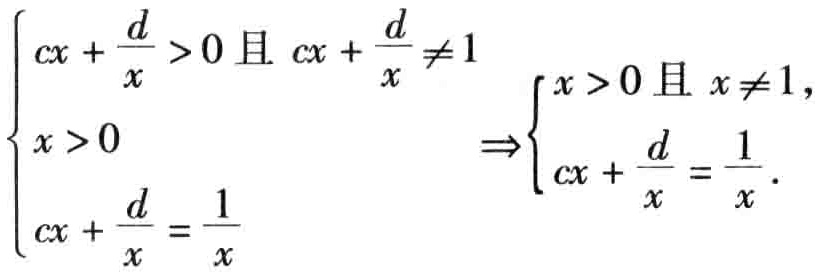
$\left\{\begin{array}{l}
cx+\frac{d}{x}>0 \text { 且 } cx+\frac{d}{x} \neq 1 \\
x>0 \\
cx+\frac{d}{x}=\frac{1}{x}
\end{array} \Rightarrow \left\{\begin{array}{l}
x>0 \text { 且 } x \neq 1, \\
cx+\frac{d}{x}=\frac{1}{x} .
\end{array}\right.\right.$